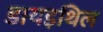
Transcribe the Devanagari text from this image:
डायइथिल